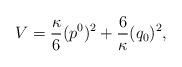
LaTeX: \begin{align*}V=\frac{\kappa}{6}(p^0)^2+\frac{6}{\kappa}(q_0)^2,\end{align*}